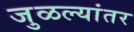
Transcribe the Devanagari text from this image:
जुळल्यांतर